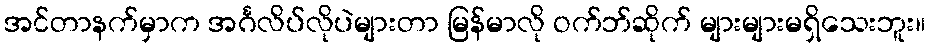
အင်တာနက်မှာက အင်္ဂလိပ်လိုပဲများတာ မြန်မာလို ဝက်ဘ်ဆိုက် များများမရှိသေးဘူး။